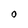
Character: O